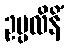
ဥပ္ပလိနိံ